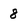
Character: 8